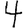
Digit: 4